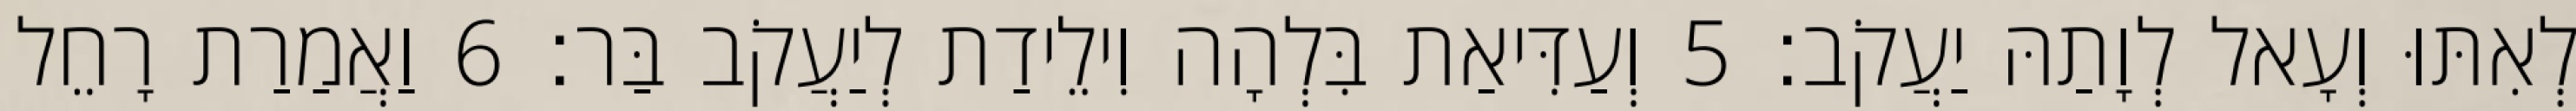
לְאִתּוּ וְעָאל לְוָתַהּ יַעֲקֹב׃ 5 וְעַדִּיאַת בִּלְהָה וִילֵידַת לְיַעֲקֹב בַּר׃ 6 וַאֲמַרַת רָחֵל